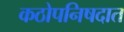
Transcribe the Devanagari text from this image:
कठोपनिषदात